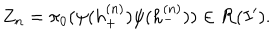
LaTeX: Z _ { n } = \pi _ { 0 } ( \psi ( h _ { + } ^ { ( n ) } ) \psi ( h _ { - } ^ { ( n ) } ) ) \in { \cal R } ( I ^ { \prime } ) .